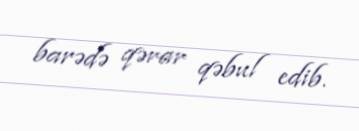
barədə qərar qəbul edib.